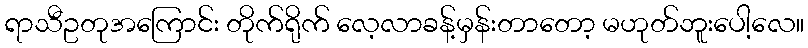
ရာသီဥတုအကြောင်း တိုက်ရိုက် လေ့လာခန့်မှန်းတာတော့ မဟုတ်ဘူးပေါ့လေ။